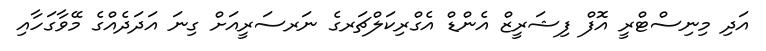
އަދި މިނިސްޓްރީ އޮފް ފިޝަރީޒް އެންޑް އެގްރިކަލްޗަރގެ ނަރސަރީއަށް ގިނަ އަދަދެއްގެ މޭވާގަހާއި